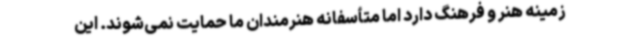
زمینه هنر و فرهنگ دارد اما متأسفانه هنرمندان ما حمایت نمی‌شوند. این